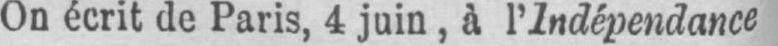
On écrit de Paris, 4 juin, à l’Indépendance